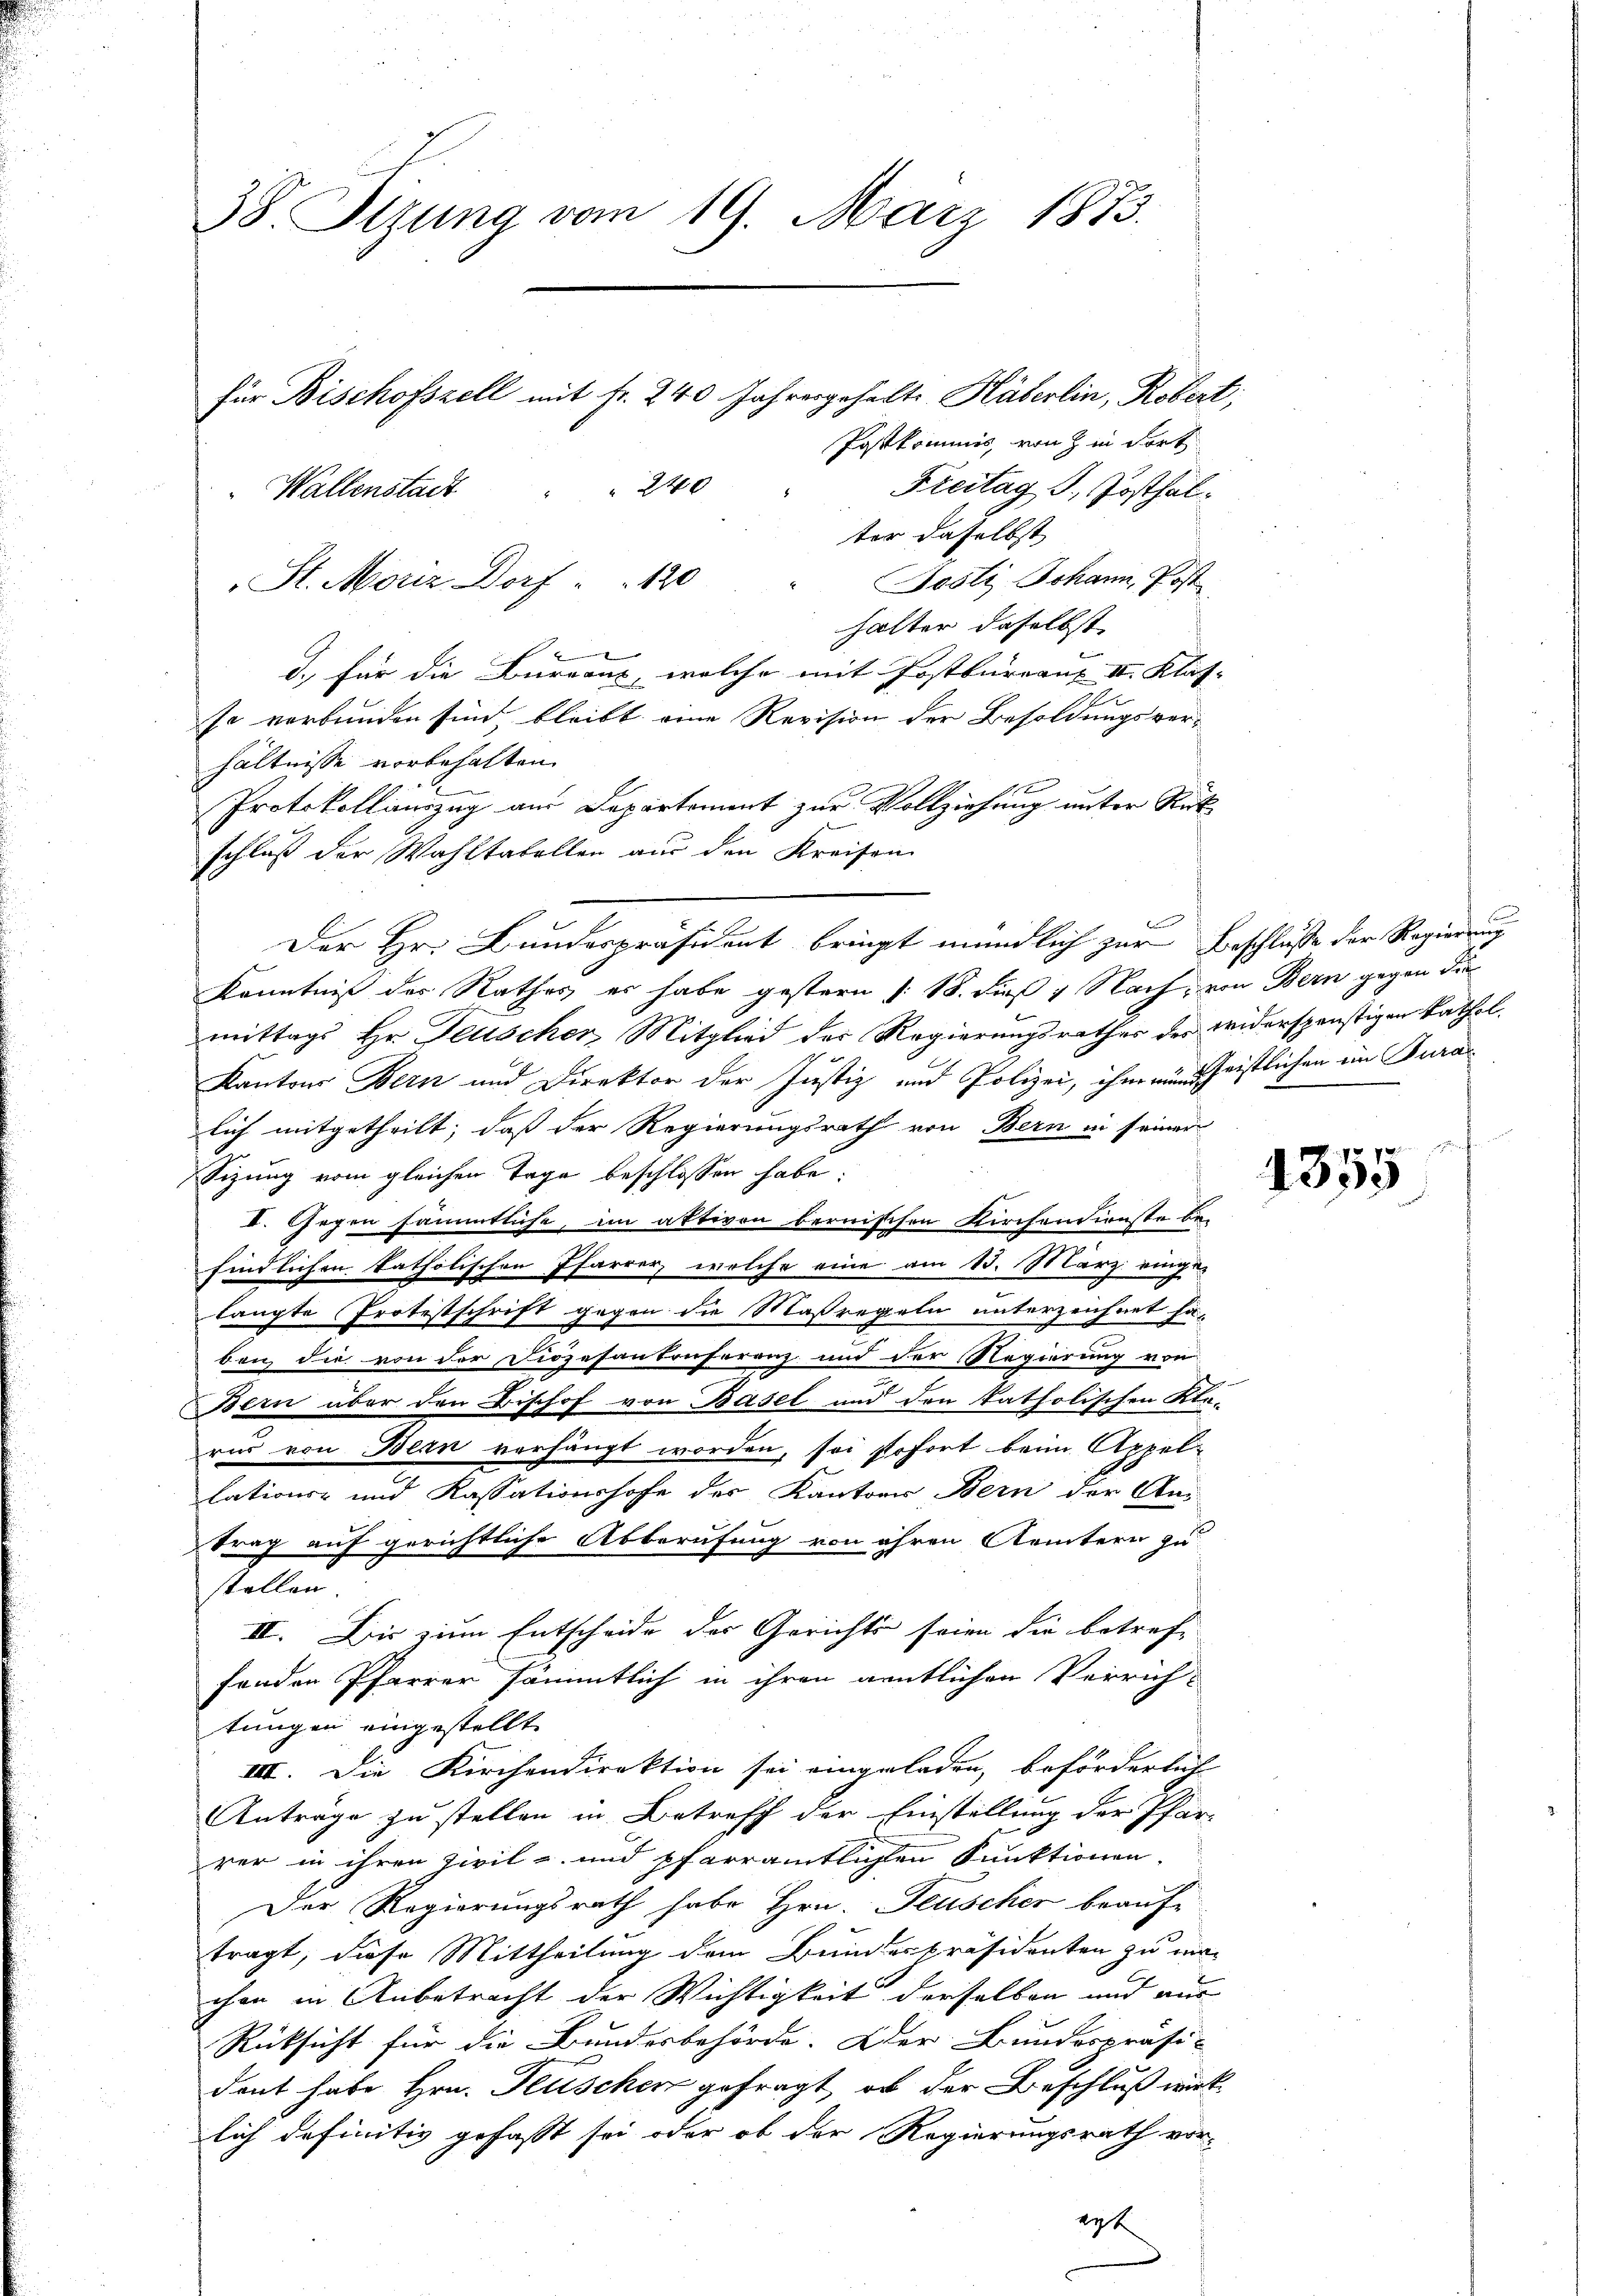
38. Stzung vom 19. März 1873.
für Bischofszell mit Fr. 240 Jahresgehalte Häberlin, Robert;
Postkommis, von in Fort
Freitag d. Josthal¬
Wallenstadt " " 240

ter daselbst
St. Moriz Dorf " " 120 " Josti Johann, Post
halter daselbst

d. für die Bureaux, welche mit Postbureaux III. Klas-
so verbunden sind, bleibt eine Revision der Besoldungsver-
hältnisse vorbehalten.
Protokollauszug aus Departement zur Vollziehung unter Rückschluß der Wahltabellen aus den Kreisen
Kenntniß der Rathes er habe gestern (: 18. dieß 4 Nach, von Bern gegen die
mittags Hr. Teuscher Mitglied der Regierungsrathes des widerspenstigen kathol.
Kantons Bern und Direktor der Justiz und Polizei, ihm ein schristlichen in Turalich mitgetheilt, daß der Regierungsrath von Bern in seiner
Sizung vom gleichen Tage beschlossen habe,
I. Gegen sämmtliche, im aktiven bernischen Kirchendienste bei
findlichen katholischen Pfarrer, welche eine am 13. März einge-
langte Protestschrift gegen die Maßregeln unterzeichnet häben, die von der Diözesantonferenz und der Regierung von
Bern über den Bischof von Basel und den katholischen Kle-
rus von Bern verhängt worden, sei sofort beim Appellations- und Kassationshofe der Kantons Bern der Clai
trag auf gerichtliche Abberufung von ihren Aemtern zu
stellen.
II. Die zum Entscheide des Gerichts seien die betreffenden Pfarrer sämmtlich in ihren amtlichen Verrich-
tungen eingestellt
IIII. Die Kirchendirektion sei eingeladen, beförderlich
Anträge zu stellen in Betreff der Einstellung der Pfarr
rer in ihren Zivil- und pfarramtlichen Funktionen,
Der Regierungsrath habe Hrn. Feuscher beauftragt, diese Mittheilung dem Bundespräsidenten zu mir
chon in Anbetracht der Wichtigkeit derselben und aus
Rücksicht für die Bundesbehörde. Der Bundespräsi-
dent habe Hrn. Keuscher gefragt, ob der Beschluß wird.
lich definitiv gefasst sei oder ob der Regierungsrath vor-
erst

Der Hr. Bundespräsident bringt mündlich zur Beschlusse der Regierung

1355